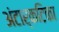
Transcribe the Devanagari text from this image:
अंटार्कटिका